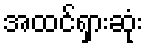
အထင်ရှားဆုံး